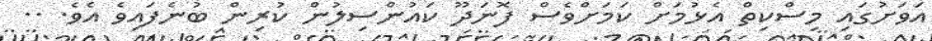
އަވަށުގައި މިސްކިތް އެޅުމަށް ކަމަށްވެސް ފޮނަދޫ ކައުންސިލުން ކުރިން ބުނެފައިވެ އެވެ. ..